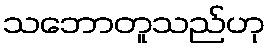
သဘောတူသည်ဟု